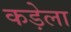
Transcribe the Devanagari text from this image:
कड़ेला